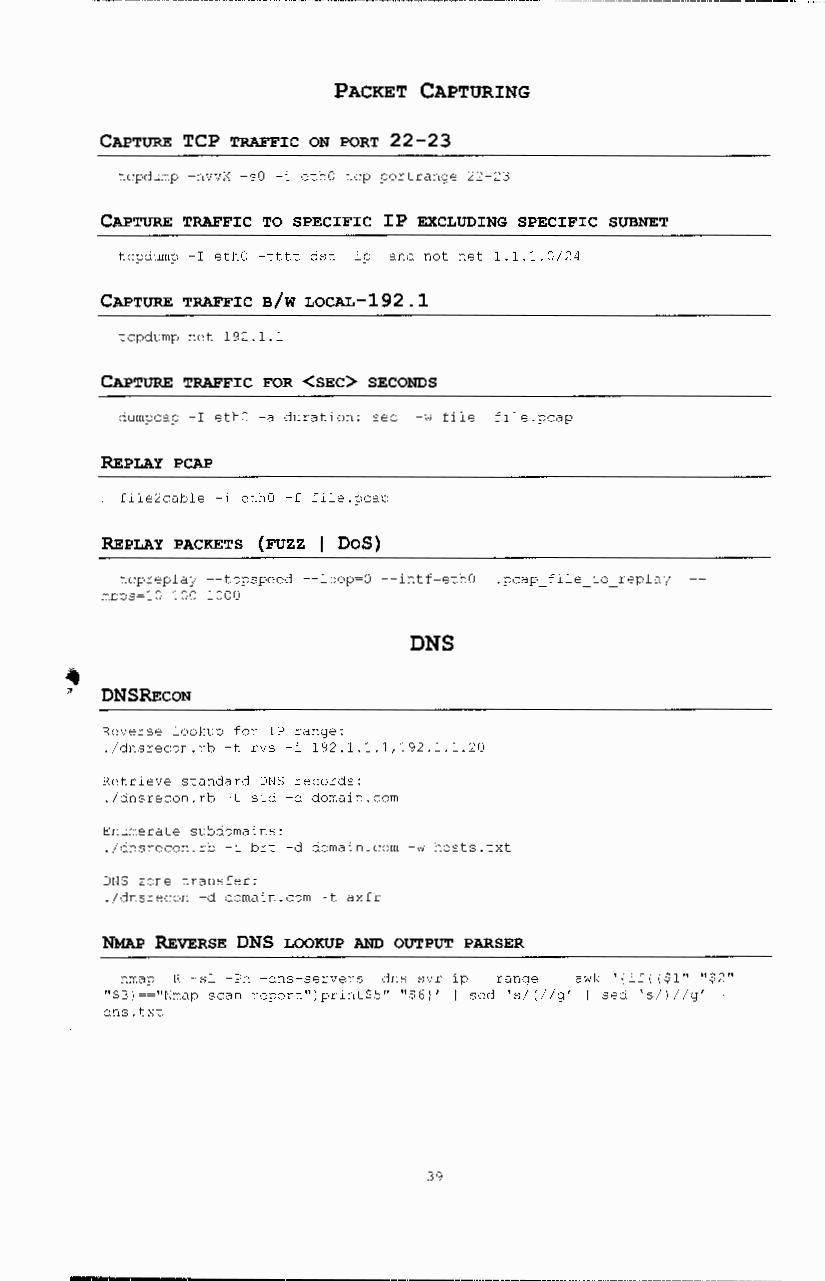
PACKET CAPTURING
 CAPTURE TCP TRAFFIC ON PORT 22-23
 tcpdurnp -nvvX -sO -i ethO tcp portrange 22-23
 CAPTURE TRAFFIC TO SPECIFIC IP EXCLUDING SPECIFIC SUBNET
 tcpdurnp -I ethO -tttt dst ip and not net 1.1.1.0/24
 CAPTURE TRAFFIC B/W LOCAL-192 .1
 tcpdurnp net 192.1.1
 CAPTURE TRAFFIC FOR <SEC> SECONDS
 durnpcap -I ethO -a duration: sec -w file file.pcap
 REPLAY PCAP
 file2cable -i ethO -f file.pcap
 REPLAY PACKETS (rozz 1 DoS)
 tcpreplaj --topspeed --loop=O --intf=ethO .pcap_file_to replaj
 rnbps=l0110011000
 DNS
 '
 •
 DNSRECON
 Reverse lookup for IP range:
 ./dnsrecon.rb -t rvs -i 192.1.1.1,192.1.1.20
 Retrieve standard DNS records:
 ./dnsrecon.rb -t std -d dornain.corn
 Enumerate subdornains:
 ./dnsrecon.rb -t brt -d dornain.corn -w hosts.txt
 DNS zone transfer:
 ./dnsrecon -d dornain.corn -t axfr
 NMAP REvERSE DNS LOOKUP AND OUTPUT PARSER
 nrnap -R -sL -Pn -dns-servers dns svr ip range I awk '{if( ($1" "$2"
 "$3)=="Nrnap scan report")print$5" "$6}' I sed 's/(//g' I sed 's/)//g'
 dns.txt
 39